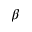
\beta